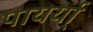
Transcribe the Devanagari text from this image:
पायर्या्